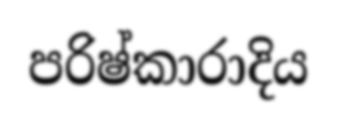
පරිෂ්කාරාදිය